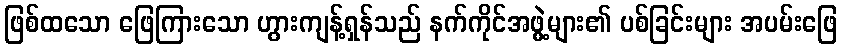
ဖြစ်ထသော ဖြေကြားသော ဟွားကျန့်ရှန်သည် နက်ကိုင်အဖွဲ့များ၏ ပစ်ခြင်းများ အပမ်းဖြေ